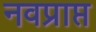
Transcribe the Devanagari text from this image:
नवप्राप्त